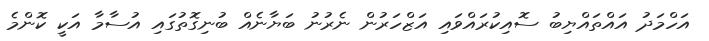
އަހްމަދު އައްތައްޔިބު ސޮއިކުރައްވައި އަޒްހަރުން ނެރުނު ބަޔާނެއް ބުނިގޮތުގައި އުސާމާ އަކީ ކޮންމެ